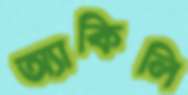
অ্যাকিলি